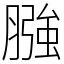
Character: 膙